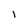
Character: l